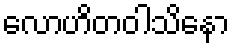
လောဟိတဝါသိနော